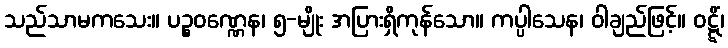
သည်သာမကသေး။ ပဉ္စဝဏ္ဏေန၊ ၅-မျိုး အပြားရှိကုန်သော။ ကပ္ပါသေန၊ ဝါချည်ဖြင့်။ ဝဋ္ဋိံ၊